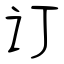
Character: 订